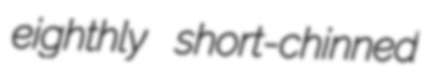
eighthly short-chinned